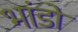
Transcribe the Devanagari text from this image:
भांडो